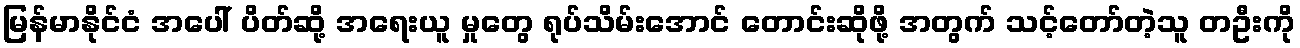
မြန်မာနိုင်ငံ အပေါ် ပိတ်ဆို့ အရေးယူ မှုတွေ ရုပ်သိမ်းအောင် တောင်းဆိုဖို့ အတွက် သင့်တော်တဲ့သူ တဦးကို